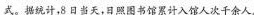
式。统计，8日当天，日照图书馆累计入馆人次千余人。